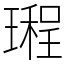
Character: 𤩏